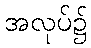
အလုပ်၌